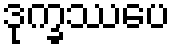
ဒုက္ခဿပေ